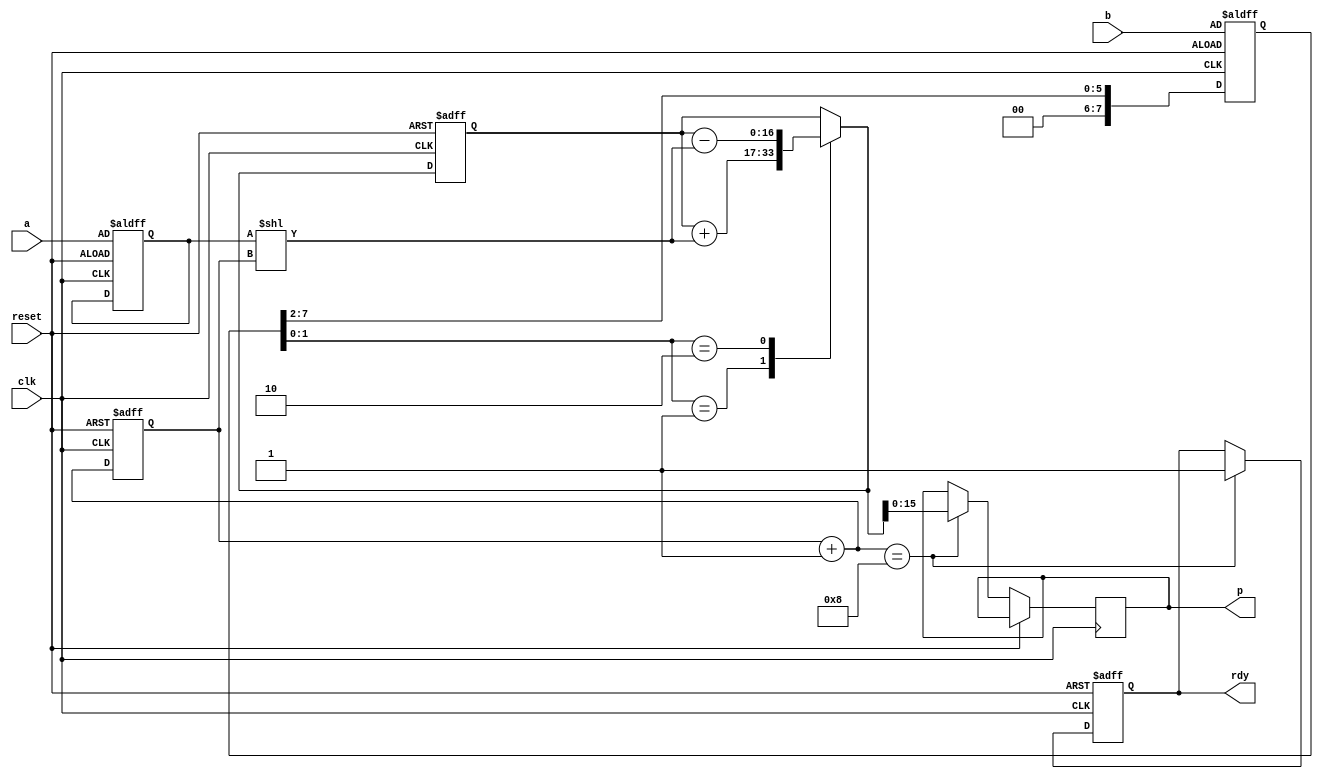
module multi_booth_8bit (
    input wire clk,
    input wire reset,
    input wire [7:0] a,
    input wire [7:0] b,
    output reg [15:0] p,
    output reg rdy
);

    reg [7:0] multiplicand, multiplier;
    reg [4:0] count; // 4 bits to count up to 8 iterations
    reg [1:0] booth_code;
    reg [16:0] product; // 1 extra bit for sign extension

    wire [1:0] next_booth_code = {multiplier[1], multiplier[0]};
    
    always @(posedge clk or posedge reset) begin
        if (reset) begin
            // Initialize registers
            product <= 0;
            multiplicand <= a;
            multiplier <= b;
            count <= 0;
            rdy <= 0;
        end else begin
            case (next_booth_code)
                2'b01: product = product + (multiplicand << count);
                2'b10: product = product - (multiplicand << count);
                default: product = product; // 2'b00 or 2'b11 means no operation
            endcase
            
            // Prepare for the next iteration
            count = count + 1;
            multiplier = multiplier >> 2; // Shift by 2 for Radix-4 Booth

            // Check if multiplication is complete
            if (count == 4'b1000) begin // After 8 iterations
                rdy <= 1;
                p <= product[15:0]; // Assign the lower 16 bits to output
            end
        end
    end

endmodule